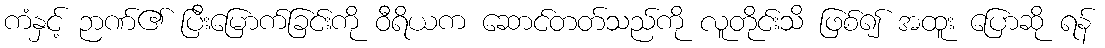
ကံနှင့် ဉာဏ်၏ ပြီးမြောက်ခြင်းကို ဝီရိယက ဆောင်တတ်သည်ကို လူတိုင်းသိ ဖြစ်၍ အထူး ပြောဆို ရန်